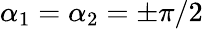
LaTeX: \alpha_{1}=\alpha_{2}=\pm\pi/2